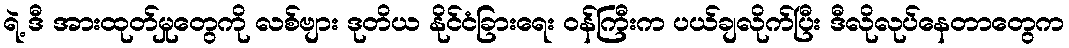
ရဲ့ ဒီ အားထုတ်မှုတွေကို လစ်ဗျား ဒုတိယ နိုင်ငံခြားရေး ဝန်ကြီးက ပယ်ချလိုက်ပြီး ဒီလိုလုပ်နေတာတွေက